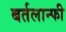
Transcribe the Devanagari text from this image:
बर्तलान्फी